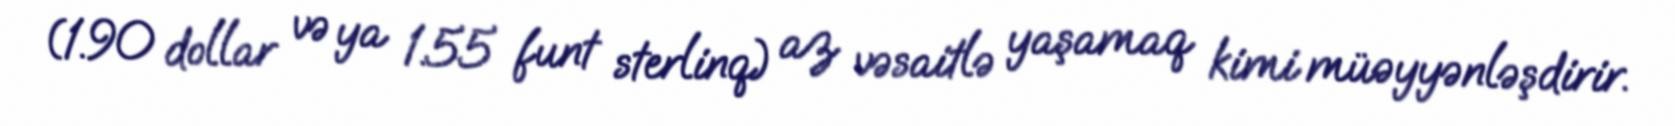
(1.90 dollar və ya 1.55 funt sterlinq) az vəsaitlə yaşamaq kimi müəyyənləşdirir.